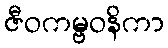
ဇီဝကမ္ဗဝနိကာ